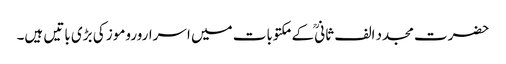
حضرت مجدد الف ثانیؒ کے مکتوبات میں اسراروروموز کی بڑی باتیں ہیں۔